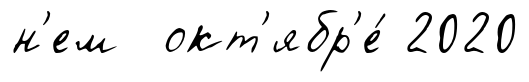
н'ем окт'ябр'е́ 2020